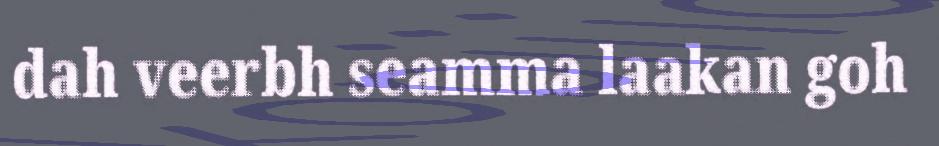
dah veerbh seamma laakan goh